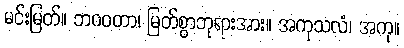
မင်းမြတ်။ ဘဂဝတာ၊ မြတ်စွာဘုရားအား။ အကုသလံ၊ အကု။